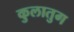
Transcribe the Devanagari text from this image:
कुलातुग